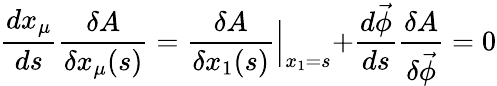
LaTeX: \frac{dx_{\mu}}{ds}\frac{\delta A}{\delta x_{\mu}(s)}=\frac{\delta A}{\delta x_{1}(s)}\Bigl|_{x_{1}=s}+\frac{d\vec{\phi}}{ds}\frac{\delta A}{\delta\vec{\phi}}=0